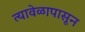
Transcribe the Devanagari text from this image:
त्यावेळापासून